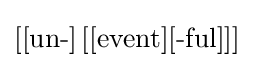
\left[[{\mbox{un-}}]\left[[{\mbox{event}}][{\mbox{-ful}}]\right]\right]